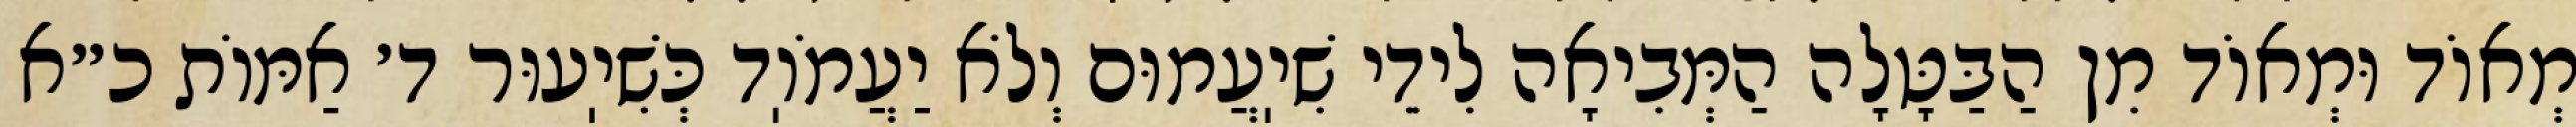
מְאוֹד וּמְאוֹד מִן הַבַּטָּלָה הַמְּבִיאָה לִידֵי שִׁיֽעֲמוּם וְלֹא יַעֲמֹוֽד כְּשִׁיֽעוּר ד׳ אַמּוֹת כ״א